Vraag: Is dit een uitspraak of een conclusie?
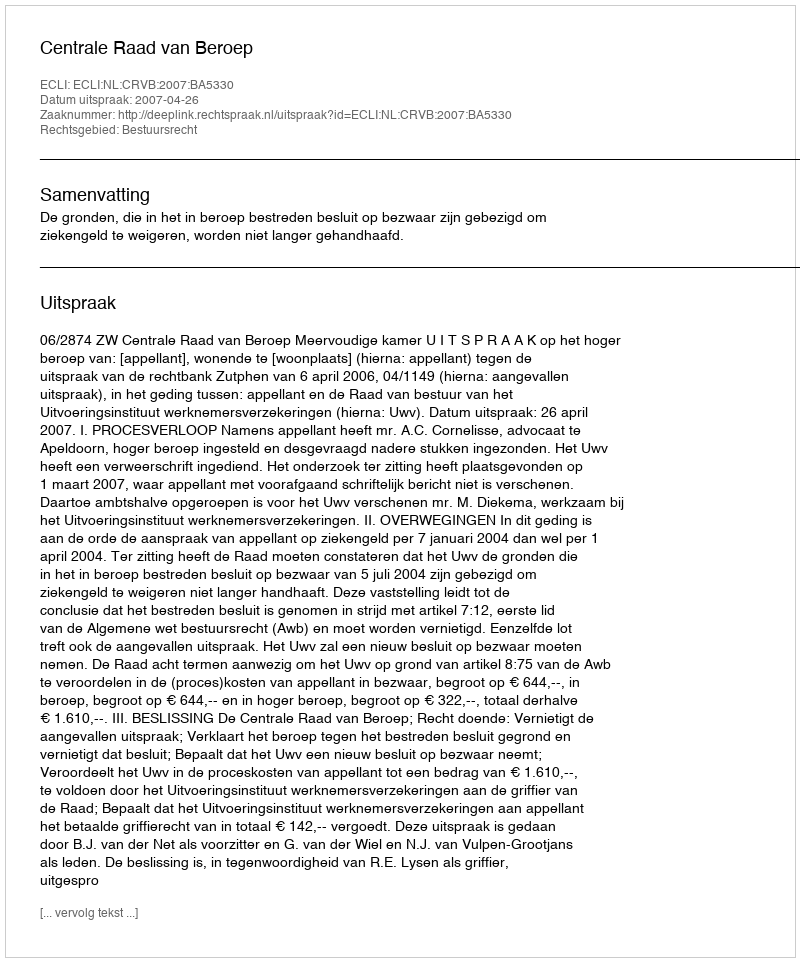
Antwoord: Uitspraak